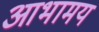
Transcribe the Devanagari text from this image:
आभामय